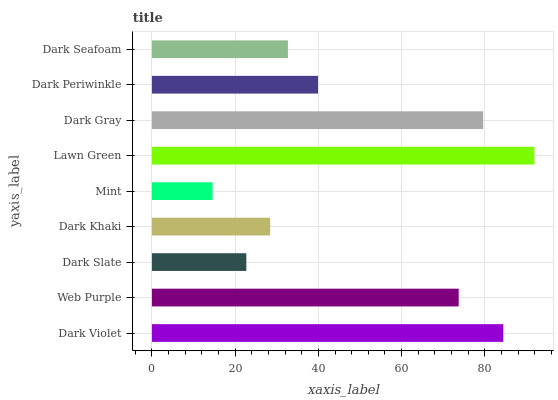
| yaxis_label | bars |
 | --- | --- |
 | Dark Violet | 84.4 |
 | Web Purple | 73.7 |
 | Dark Slate | 22.7 |
 | Dark Khaki | 28.4 |
 | Mint | 14.6 |
 | Lawn Green | 91.9 |
 | Dark Gray | 79.6 |
 | Dark Periwinkle | 39.9 |
 | Dark Seafoam | 32.7 |